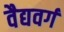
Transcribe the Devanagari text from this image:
वैद्यवर्ग